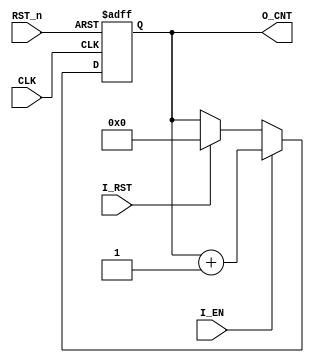
module clk_div_msrmnt 
    #(parameter FPGA_CLK = 50_000_000,                      // FPGA frequency 50 MHz
      parameter T_MSR_MX  = 0.0255,                         // maximum conversion time 25,5 mS 
      parameter integer N_CLK_MSR_MX = FPGA_CLK * T_MSR_MX, // number of clocks 50 MHz
      parameter CNT_MSR_MX_SZ = $clog2(N_CLK_MSR_MX))       // counter width
    (CLK, RST_n, I_EN, I_RST, 
     O_CNT);
    

//  input signals    
    input wire CLK;   // clock 50 MHz
    input wire RST_n; // asynchronous reset_n
    input wire I_EN;  // I_EN counter
    input wire I_RST; // reset counter
//  output signals
    output reg [CNT_MSR_MX_SZ-1:0] O_CNT; // counter clock    
 
//  counter clk 
    always @(posedge CLK or negedge RST_n) begin
      if (!RST_n)
        O_CNT     <= {CNT_MSR_MX_SZ{1'b0}};
      else
        begin
          if (I_EN)
            O_CNT <= O_CNT + 1'b1;
          else if (I_RST)
            O_CNT <= {CNT_MSR_MX_SZ{1'b0}};
        end
    end

    
endmodule